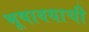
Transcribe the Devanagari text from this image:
भूषावयाची